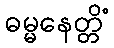
ဓမ္မနေတ္တိံ